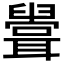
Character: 𦗶